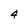
Character: 4